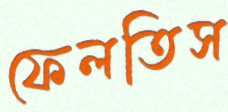
ফেলতিস